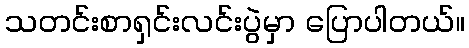
သတင်းစာရှင်းလင်းပွဲမှာ ပြောပါတယ်။